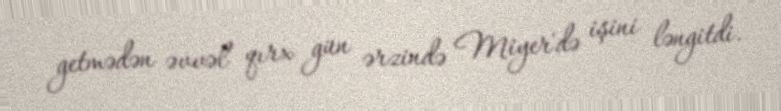
getmədən əvvəl qırx gün ərzində Miyer'də işini ləngitdi.